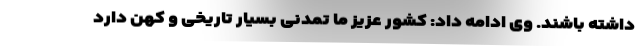
داشته باشند. وی ادامه داد: کشور عزیز ما تمدنی بسیار تاریخی و کهن دارد